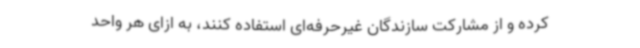
کرده و از مشارکت سازندگان غیرحرفه‌ای استفاده کنند، به ازای هر واحد